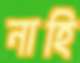
নাহি